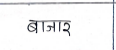
मजकूर: बाजार